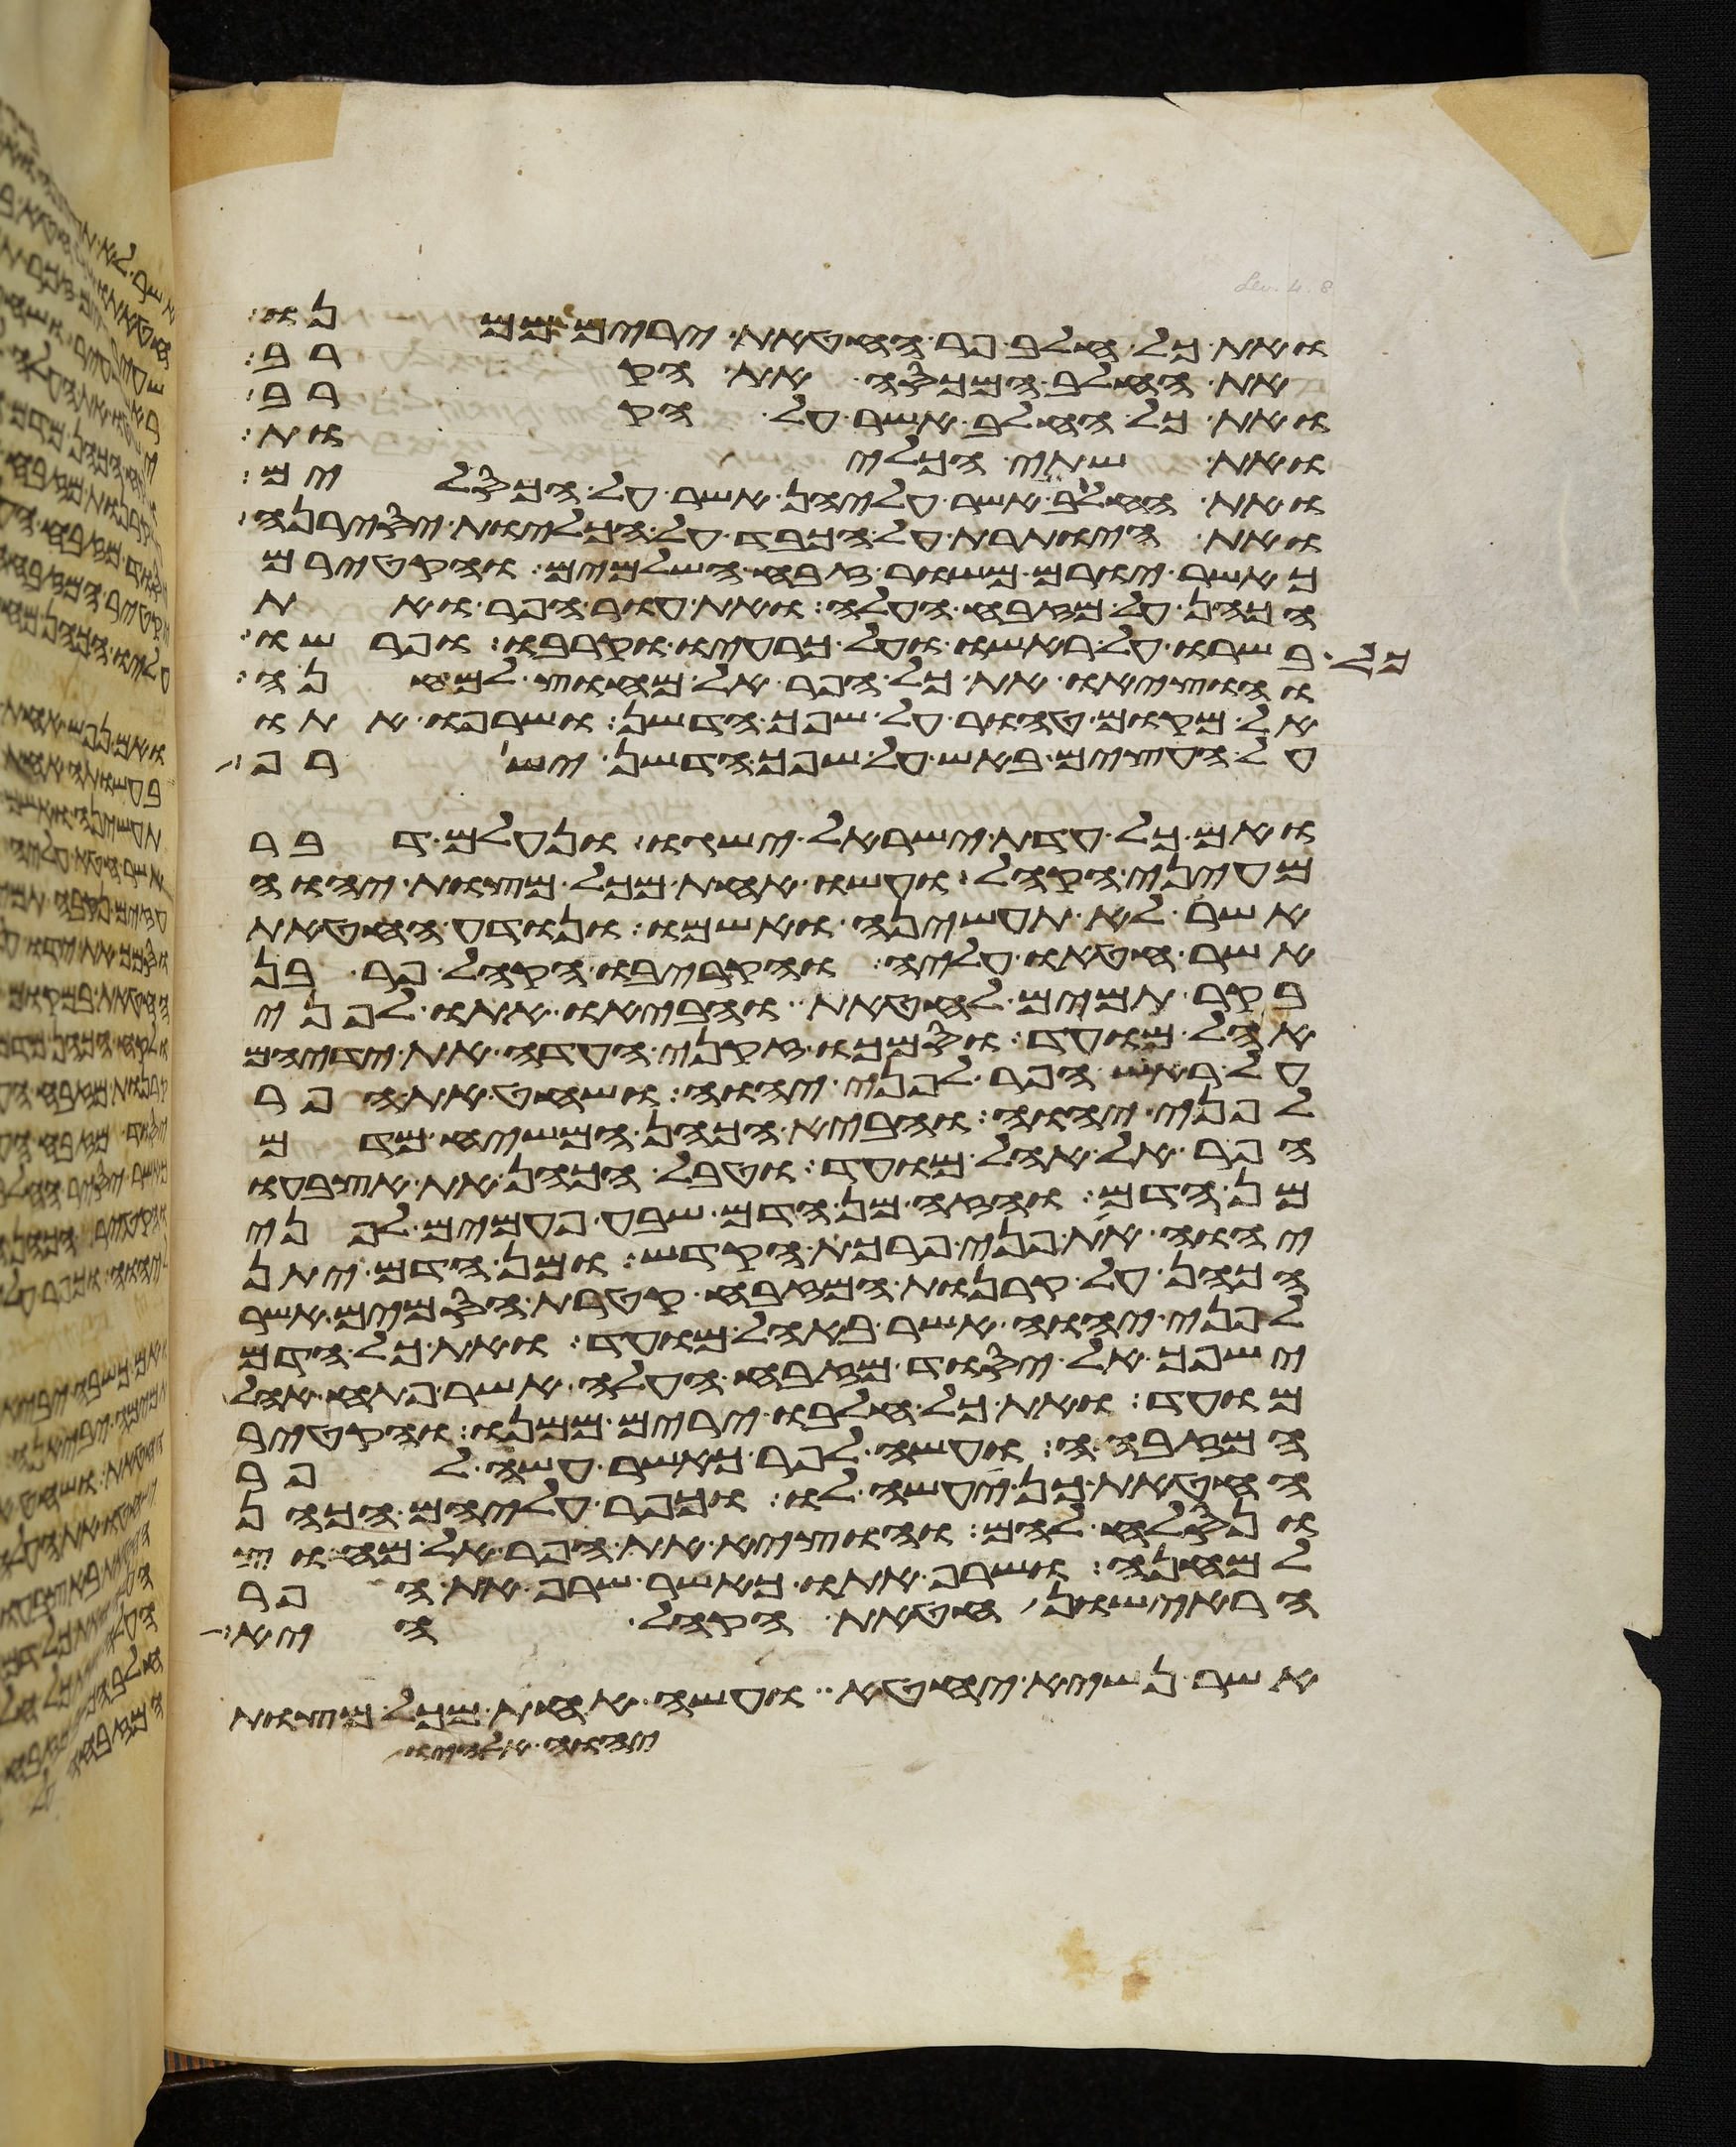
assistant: ואת כל חלב פר החטאת ירים ממנו
את החלב המכסה את הקרב
ואת כל החלב אשר על הקרב
ואת שתי הכליות
ואת החלב אשר עליהן אשר על הכסלים
ואת היותרת על הכבד על הכליות יסירנה
כאשר יורם משור זבח השלמים והקטירם
הכהן על מזבח העלה ואת עור הפר ואת
בשרו על ראשו ועל כרעיו וקרבו ופרשו
והוציאו את כל הפר אל מחוץ למחנה
אל מקום טהור על שפך הדשן ושרפו אתו
על העצים באש על שפך הדשן ישרף
ואם כל עדת ישראל ישגו ונעלם דבר
מעיני הקהל ועשו אחת מכל מצות יהוה
אשר לא תעשיהן ואשמו ונודע החטאת
אשר חטאו עליה והקריבו הקהל פר בן
בקר תמים לחטאת והביאו אתו לפני
אהל מועד וסמכו זקני העדה את ידיהם
על ראש הפר לפני יהוה ושחט את הפר
לפני יהוה והביא הכהן המשיח מדם
הפר אל אהל מועד וטבל הכהן את אצבעו
מן הדם והזה מן הדם שבע פעמים לפני
יהוה את פני פרכת הקדש ומן הדם יתן
הכהן על קרנות המזבח קטרת הסמים אשר
לפני יהוה אשר באהל מועד ואת כל הדם
ישפך אל יסוד מזבח העלה אשר פתח אהל
מועד ואת כל חלבו ירים ממנו והקטיר
המזבחה ועשה לפר כאשר עשה לפר
החטאת כן יעשה לו וכפר עליהם הכהן
ונסלח להם והוציא את הפר אל מחוץ
למחנה ושרף אתו כאשר שרף את הפר
הראישון חטאת הקהל היא
אשר נשיא יחטא ועשה אחת מכל מצות
יהוה אלהיו